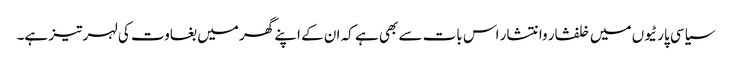
سیاسی پارٹیوں میں خلفشار وانتشار اس بات سے بھی ہے کہ ان کے اپنے گھر میں بغاوت کی لہر تیز ہے۔